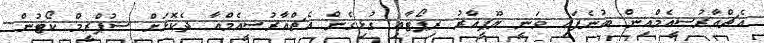
އެޗްއާރުސީއެމްއިން ބުނެފައި ވަނީ ޔޫޕީއާރު ރިޕޯޓާއި ގުޅިގެން އެޗްއާރުސީއެމްއާ ދެކޮޅަށް ސުޕްރީމް ކޯޓުން